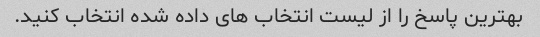
بهترین پاسخ را از لیست انتخاب های داده شده انتخاب کنید.